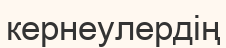
кернеулердің